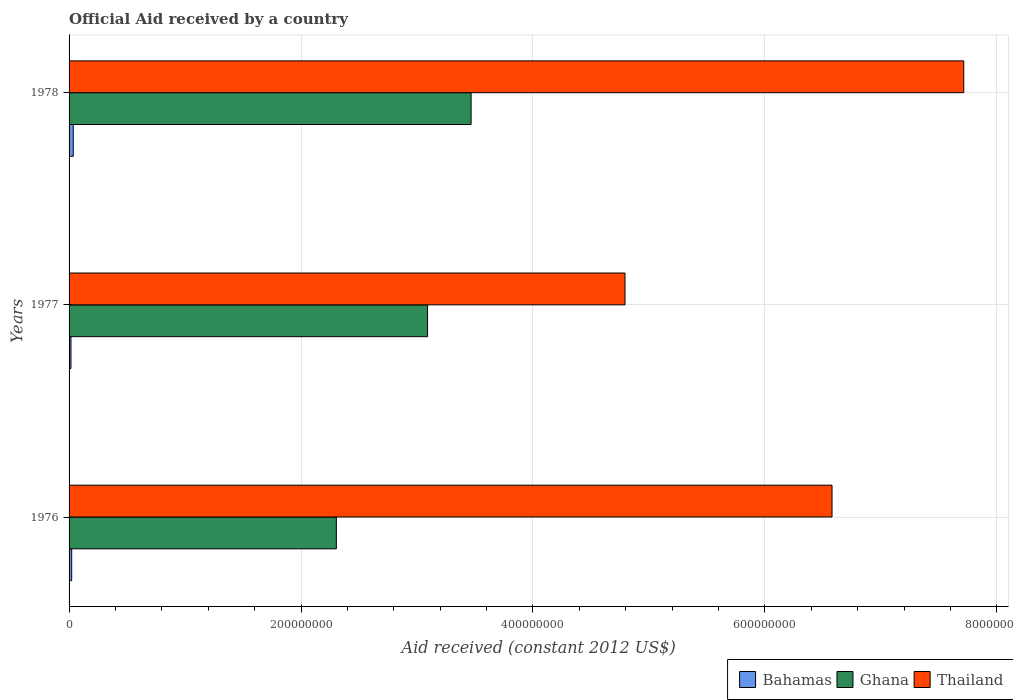
| Years | Bahamas | Ghana | Thailand |
 | --- | --- | --- | --- |
 | 1976 | 2.25e+06 | 2.3e+08 | 6.58e+08 |
 | 1977 | 1.62e+06 | 3.09e+08 | 4.79e+08 |
 | 1978 | 3.6e+06 | 3.47e+08 | 7.71e+08 |